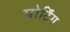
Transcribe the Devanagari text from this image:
पोर्टिंग